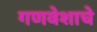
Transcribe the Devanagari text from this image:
गणवेशाचे